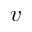
v